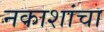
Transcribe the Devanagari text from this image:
नकाशांचा